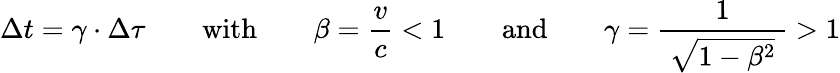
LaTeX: \Delta t=\gamma\cdot\Delta\tau\qquad\mathrm{with}\qquad\beta=\frac{v}{c}<1\qquad\mathrm{and}\qquad\gamma=\frac{1}{\: \sqrt{1-\beta^{2}}\: }>1